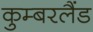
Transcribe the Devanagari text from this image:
कुम्बरलैंड